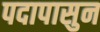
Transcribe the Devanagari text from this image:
पदापासुन